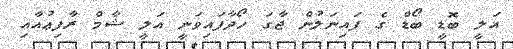
އަލީ ބޮޑީ ބޯޑް ގެ ފައިނަލުން ޖާގަ ހޯދާފައިވަނީ އަލީ ޝާމް ރާފިޢުއާއި